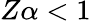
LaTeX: Z\alpha<1